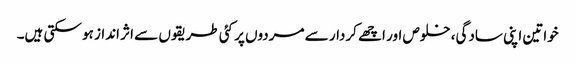
خواتین اپنی سادگی، خلوص اور اچھے کردار سے مردوں پر کئی طریقوں سے اثر انداز ہو سکتی ہیں۔